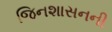
જિનશાસનની